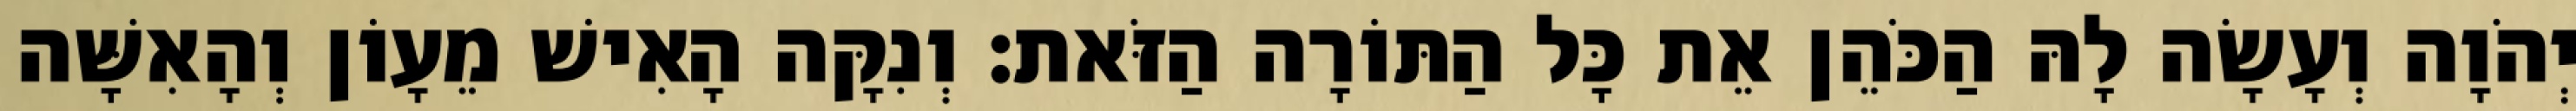
יְהֹוָה וְעָשָׂה לָהּ הַכֹּהֵן אֵת כָּל הַתּוֹרָה הַזֹּאת׃ וְנִקָּה הָאִישׁ מֵעָוֹן וְהָאִשָּׁה